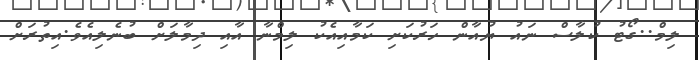
ލިމް..ގޯޓު ކުލާސް ނައު ޔުއާން ހަރުކަށި ކަމާއިއެކު ލިމްނާ އާއި ދިމާލަށް ބުނެލިއެވެ.އިތުރަށް